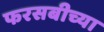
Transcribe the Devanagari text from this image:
फरसबीच्या